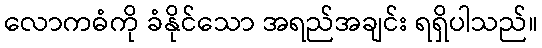
လောကဓံကို ခံနိုင်သော အရည်အချင်း ရရှိပါသည်။